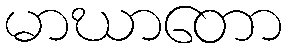
မာဃာတော